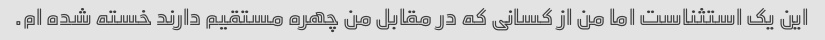
این یک استثناست اما من از کسانی که در مقابل من چهره مستقیم دارند خسته شده ام.